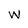
Character: W